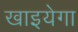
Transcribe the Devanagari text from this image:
खाइयेगा